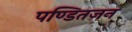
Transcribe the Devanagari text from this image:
पण्डितजन